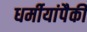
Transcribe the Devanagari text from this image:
धर्मीयांपैकी